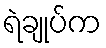
ရဲချုပ်က